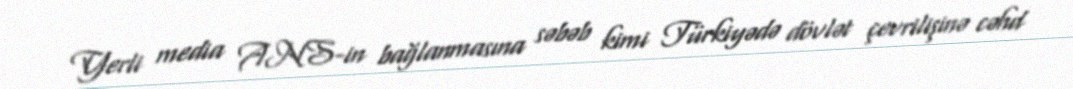
Yerli media ANS-in bağlanmasına səbəb kimi Türkiyədə dövlət çevrilişinə cəhd